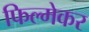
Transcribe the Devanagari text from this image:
फिल्मेकर